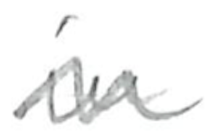
Text: in
Cross-out: zig-zag
Writing tool: pencil